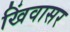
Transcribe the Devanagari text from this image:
खिंवासर